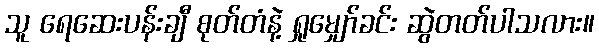
သူ ရေဆေးပန်းချီ စုတ်တံနဲ့ ရှုမျှော်ခင်း ဆွဲတတ်ပါသလား။